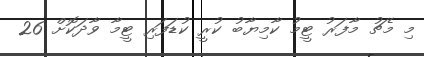
މި މެޗު މާފަރު ޓީމު ކާމިޔާބު ކުރީ ކުޑަފަރި ޓީމާ ވާދަކޮށް 26